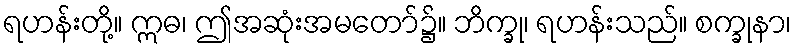
ရဟန်းတို့။ ဣဓ၊ ဤအဆုံးအမတော်၌။ ဘိက္ခု၊ ရဟန်းသည်။ စက္ခုနာ၊